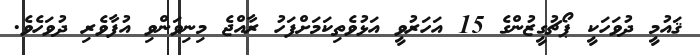
ޤައުމީ ދުވަހަކީ ޕޯޗުގީޒުންގެ 15 އަހަރުވީ އަޅުވެތިކަމަށްފަހު ރާއްޖެ މިނިވަންވި އުފާވެރި ދުވަހެވެ.